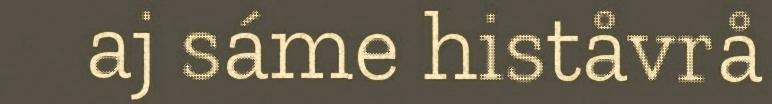
aj sáme histåvrå